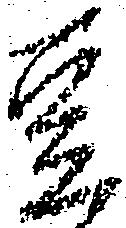
豆